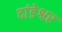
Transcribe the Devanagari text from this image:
दांडेश्वर